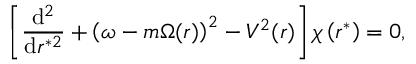
\left[ \frac { \mathrm { d } ^ { 2 } } { \mathrm { d } r ^ { * 2 } } + \left( \omega - m \Omega ( r ) \right) ^ { 2 } - V ^ { 2 } ( r ) \right] \chi \left( r ^ { * } \right) = 0 ,